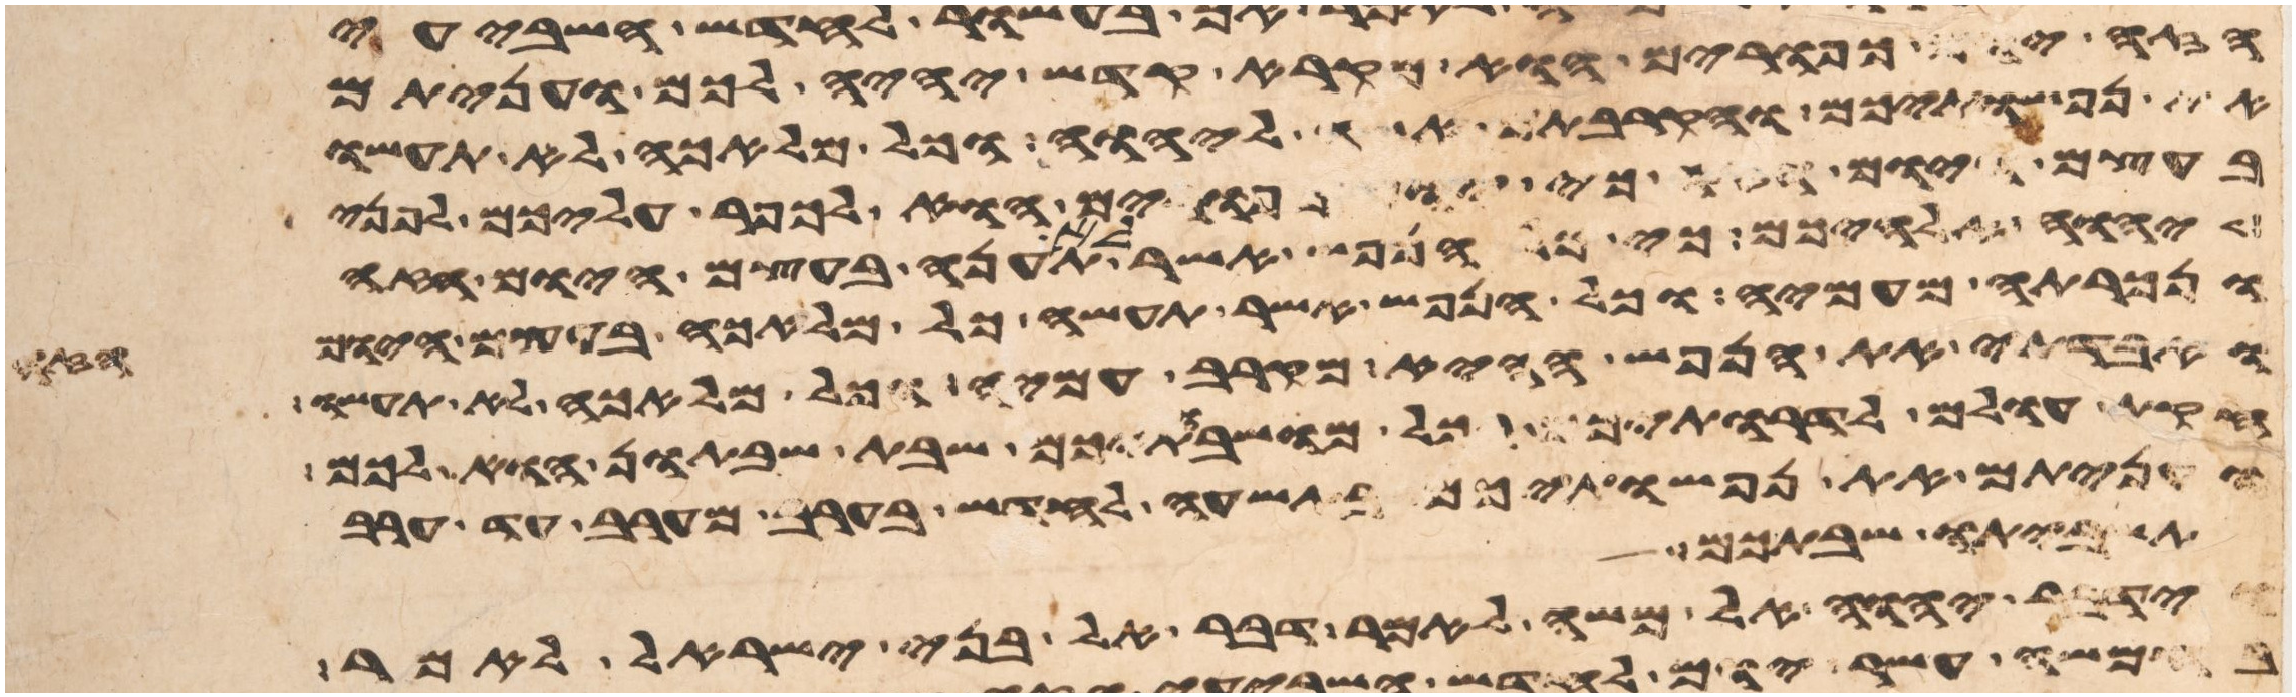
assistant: הזה יום כפורים הוא מקרא קדש יהיה לכם ועניתם
את נפשתיכם והקרבתם אשה ליהוה וכל מלאכה לא תעשו
בעצם היום הזה כי יום כפורים הוא לכפר עליכם לפני
יהוה אלהיכם כי כל הנפש אשר לא תענה בעצם היום הזה
ונכרתה מעמיה וכל הנפש אשר תעשה כל מלאכה בעצם היום
ואבדתי את הנפש ההיא מקרב עמיה וכל מלאכה לא תעשו
חקות עולם לדרתיכם בכל מושבתיכם שבת שבתון הוא לכם
ועניתם את נפשתיכם בתשעה לחדש בערב מערב עד ערב
תשביתו שבתכם
וידבר יהוה אל משה לאמר דבר אל בני ישראל לאמר